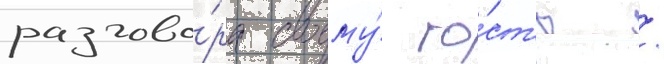
разгово́ра своему́ го́ст'ю /